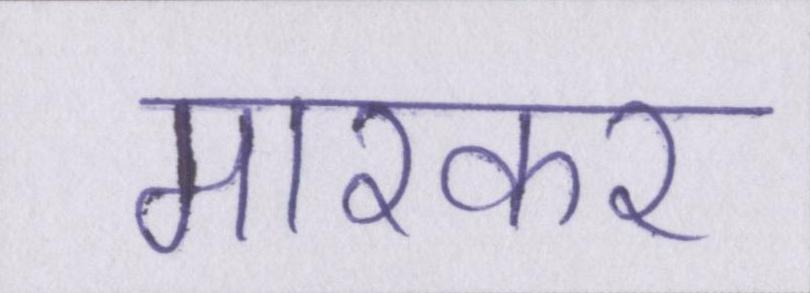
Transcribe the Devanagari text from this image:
मारकर